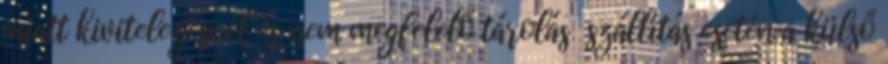
miatt kivitelezésnél és nem megfelelő tárolás szállítás esetén a külső